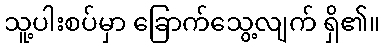
သူ့ပါးစပ်မှာ ခြောက်သွေ့လျက် ရှိ၏။